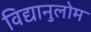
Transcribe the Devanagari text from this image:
विद्यानुलोम